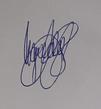
Signature authenticity: genuine